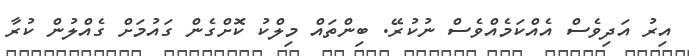
އިރު އަދިވެސް އެއްކަމެއްވެސް ނުކުރޭ. ބިންތައް މިލްކު ކޮށްގެން ގައުމަށް ގެއްލުން ކުރާ